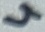
Text: 4